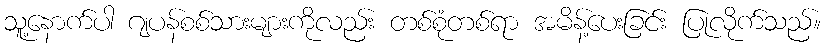
သူ့နောက်ပါ ဂျပန်စစ်သားများကိုလည်း တစ်စုံတစ်ရာ အမိန့်ပေးခြင်း ပြုလိုက်သည်။